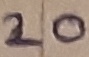
Text: 20